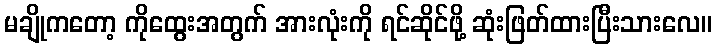
မချိုကတော့ ကိုထွေးအတွက် အားလုံးကို ရင်ဆိုင်ဖို့ ဆုံးဖြတ်ထားပြီးသားလေ။